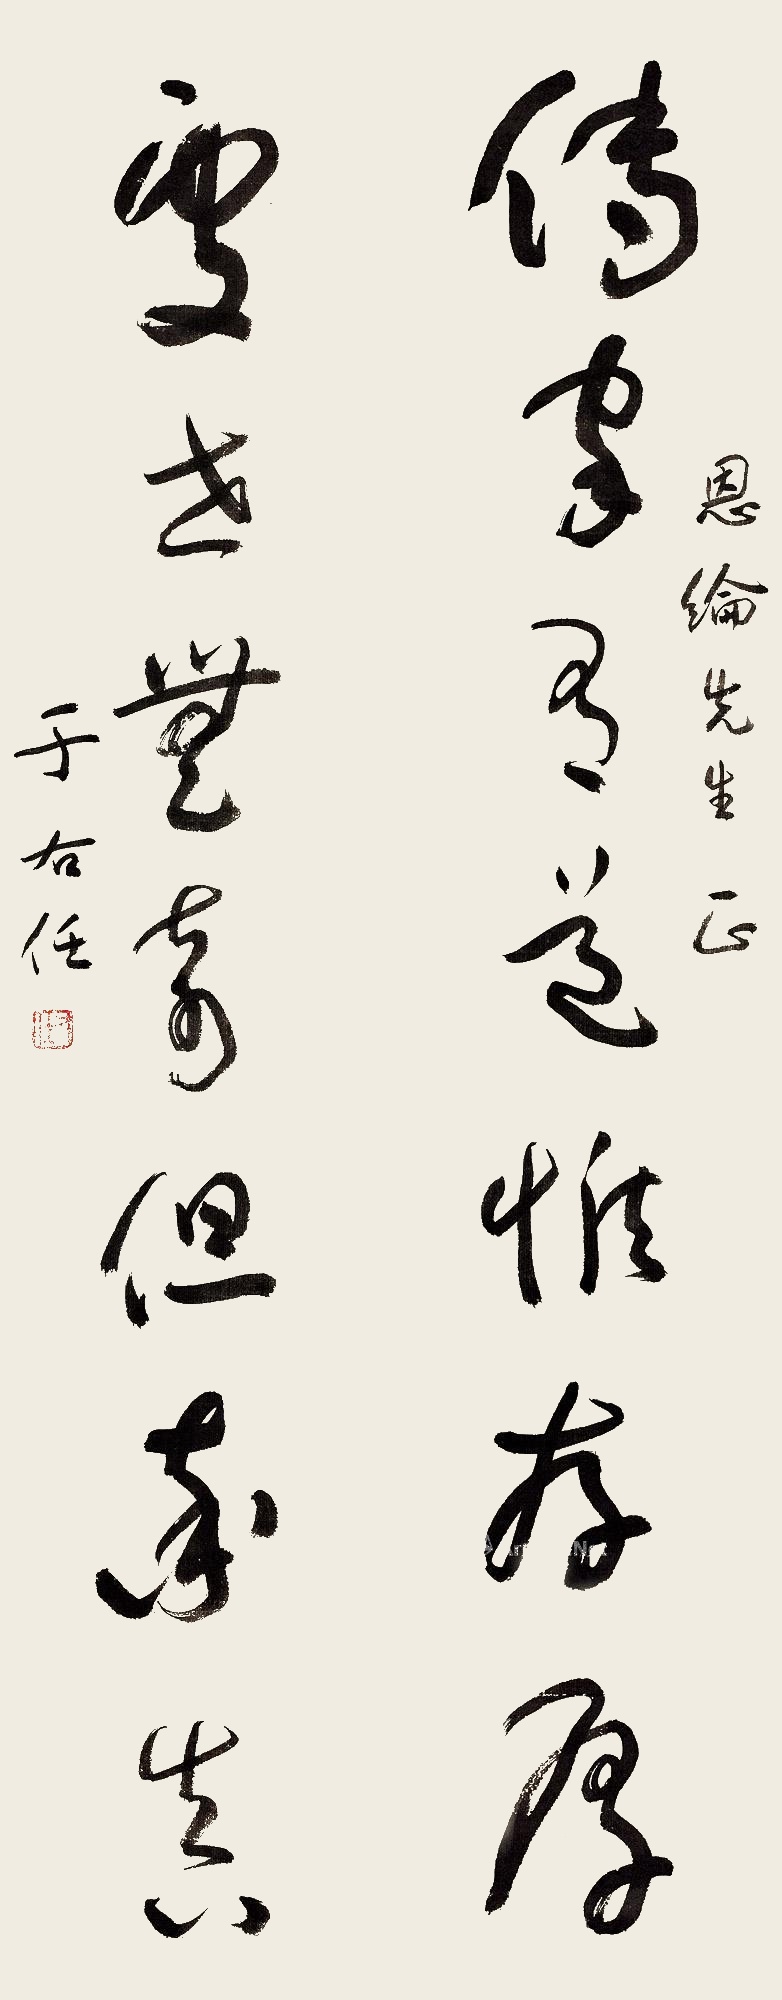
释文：传家有道惟存厚，处世无奇但率真。恩纶先生正，于右任。